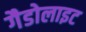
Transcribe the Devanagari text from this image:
गैडोलाइट